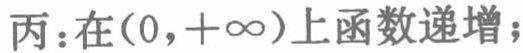
丙：在\((0,+\infty)\)上函数递增；